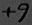
Text: +9